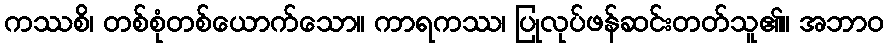
ကဿစိ၊ တစ်စုံတစ်ယောက်သော။ ကာရကဿ၊ ပြုလုပ်ဖန်ဆင်းတတ်သူ၏။ အဘာဝ